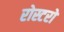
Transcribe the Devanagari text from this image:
रोस्टरों